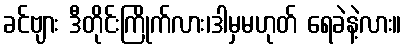
ခင်ဗျား ဒီတိုင်းကြိုက်လား၊ဒါမှမဟုတ် ရေခဲနဲ့လား။